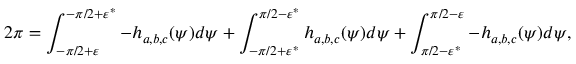
2 \pi = \int _ { - \pi / 2 + \varepsilon } ^ { - \pi / 2 + \varepsilon ^ { * } } - h _ { a , b , c } ( \psi ) d \psi + \int _ { - \pi / 2 + \varepsilon ^ { * } } ^ { \pi / 2 - \varepsilon ^ { * } } h _ { a , b , c } ( \psi ) d \psi + \int _ { \pi / 2 - \varepsilon ^ { * } } ^ { \pi / 2 - \varepsilon } - h _ { a , b , c } ( \psi ) d \psi ,